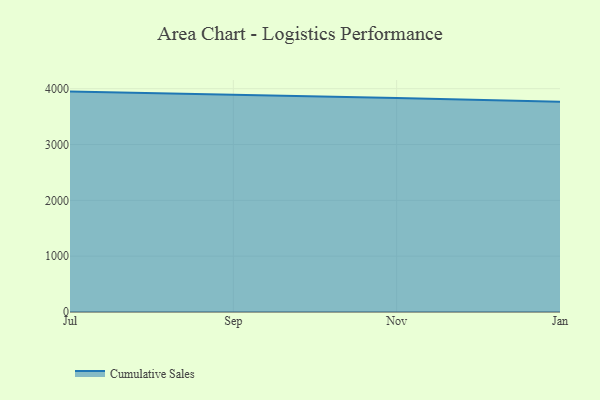
{"axis": {"x": "Month", "y": "Waste Production (Tons)"}, "legend": ["Cumulative Sales"], "data": [{"x": "Jul", "y": 3948.0, "type": "Cumulative Sales"}, {"x": "Sep", "y": 3894.1, "type": "Cumulative Sales"}, {"x": "Nov", "y": 3835.5, "type": "Cumulative Sales"}, {"x": "Jan", "y": 3768.4, "type": "Cumulative Sales"}]}